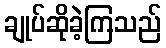
ချုပ်ဆိုခဲ့ကြသည်